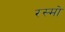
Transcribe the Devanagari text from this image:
रस्मो